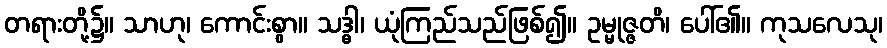
တရားတို့၌။ သာဟု၊ ကောင်းစွာ။ သဒ္ဓါ၊ ယုံကြည်သည်ဖြစ်၍။ ဥမ္မုဇ္ဇတိ၊ ပေါ်၏။ ကုသလေသု၊